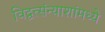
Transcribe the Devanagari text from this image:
विद्वत्संन्याशांमध्ये